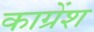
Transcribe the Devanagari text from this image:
काग्रेंश